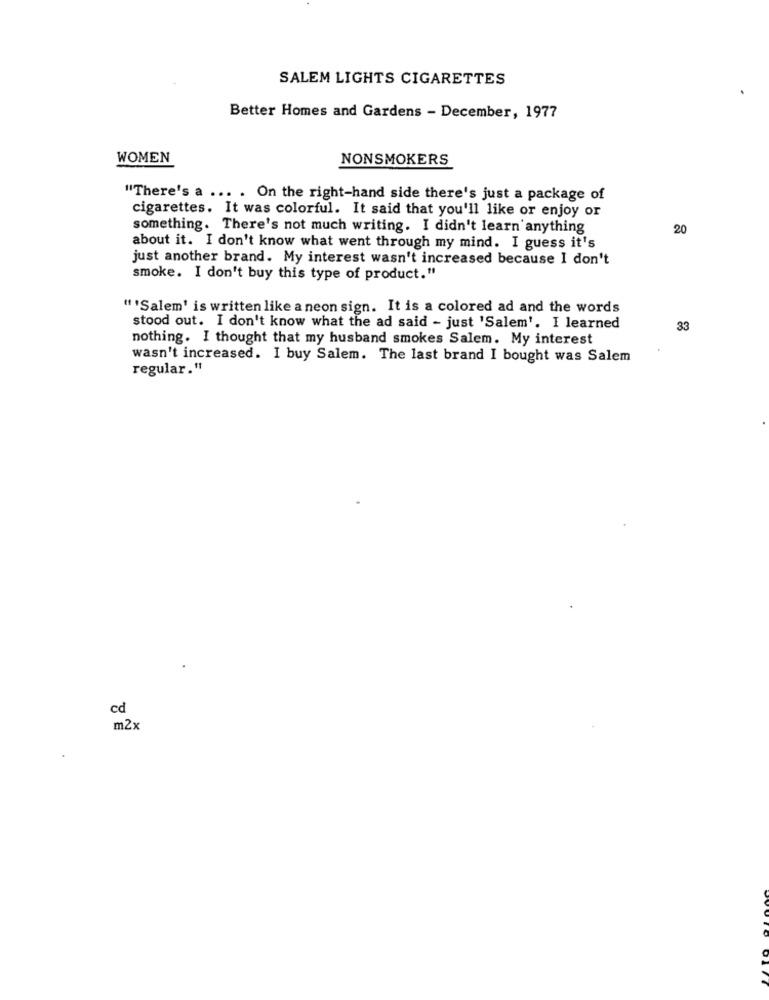
SALEM LIGHTS CIGARETTES
Better Homes and Gardens - December, 1977
WOMEN
NONSMOKERS
"There's a ... . On the right-hand side there's just a package of
cigarettes. It was colorful. It said that you'll like or enjoy or
something. There's not much writing. I didn't learn anything
20
about it. I don't know what went through my mind. I guess it's
just another brand. My interest wasn't increased because I don't
smoke. I don't buy this type of product."
" 'Salem' is written like a neon sign. It is a colored ad and the words
stood out. I don't know what the ad said - just 'Salem'. I learned
33
nothing. I thought that my husband smokes Salem. My interest
wasn't increased. I buy Salem. The last brand I bought was Salem
regular."
cd
m2x